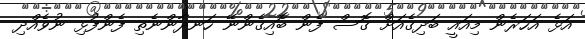
އަޅެ އަހަރެން މިއައީ ބަދިގެއަށް ގޮސް ފެން ބޮއިގެންނޭ ހަނދާންނެތި ފެންފުޅި ނުވެއްދި